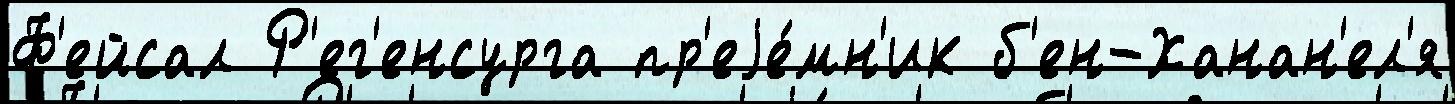
Ф'ейсал Р'ег'енсурга пр'еjе́мн'ик б'ен-Ханан'ел'я